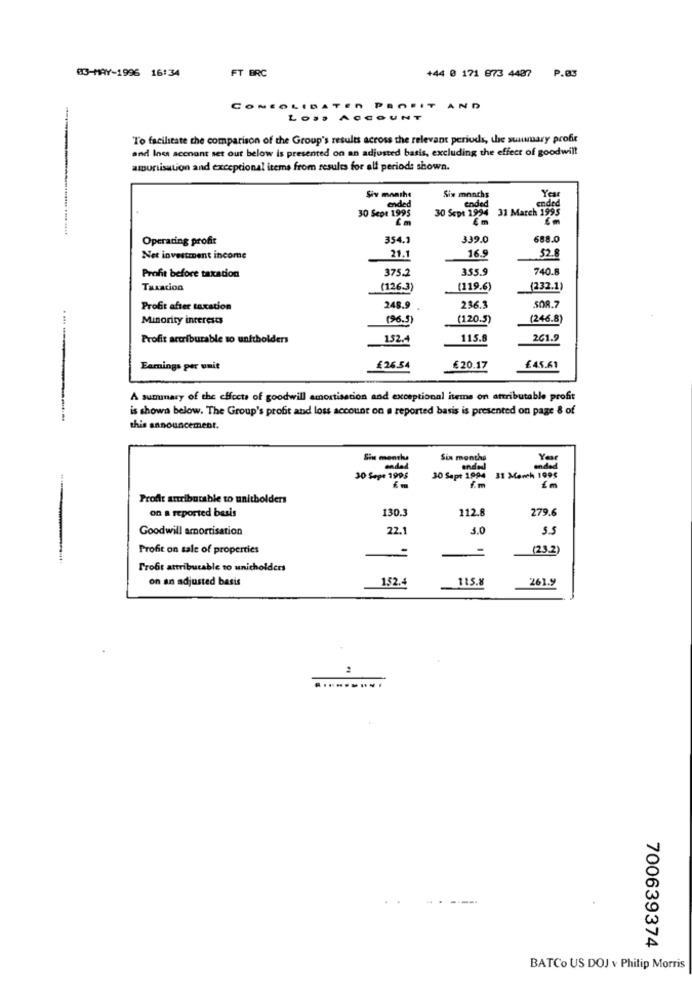
03-MAY-1996 16:34
FT BRC
+44 0 171 873 4437 P.@3
CONEOLIDATEN PROFIT AND
Lo ..
COUNT
To facilitate the comparison of the Group's results across the relevant periods, the sunwary profit
and Ines account set out below is presented on an adjusted basis, excluding the effect of goodwill
amortisation and exceptional items from results for elf period: shown.
Siv mnathe
Six months
Yea
nded
ended
30 Sept 1994
ended
31 March 1995
30 Sepe 1995
Em
Em
Operating profit
354.1
339.0
688.0
Net investment income
21.1
16.9
52.8
Profit before taxation
375.2
355.9
740.8
Taxation
(126.3)
(119.6)
(232.1)
Profit after taxation
248.9
236.3
508.7
Minority interests
(96.5)
(120.5)
(246.8)
Profit accriburable to unftholders
152.4
115.8
261.9
Earnings per unit
£26.54
€20.17
£45.61
A summary of the effects of goodwill amortisation and exceptional items on attributable profit
is shown below. The Group's profit and loss account on a reported basis is presented on page & of
this announcement.
Sin moothe
Six months
30 Sape 1995
30 Sapt 1994
31 March Tops
Profit attributable to unitholders
on a reported basis
130.3
112.8
279.6
Goodwill amortisation
22.1
3.0
5.5
Profit on sale of properties
-
(23.2)
Profit attributable to unicholders
on an adjusted basis
152.4
115.8
261.9
700639374
BATCo US DOJ v Philip Morris